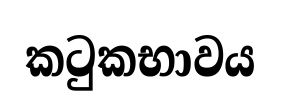
කටුකභාවය